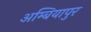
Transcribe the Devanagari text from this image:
अम्बियापुर